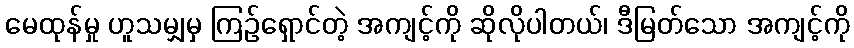
မေထုန်မှု ဟူသမျှမှ ကြဉ်ရှောင်တဲ့ အကျင့်ကို ဆိုလိုပါတယ်၊ ဒီမြတ်သော အကျင့်ကို